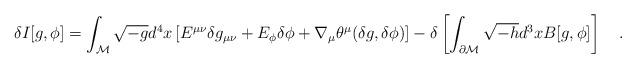
LaTeX: \begin{align*}\delta I[g,\phi]=\int_{\cal M}\sqrt{-g} d^4x \left[E^{\mu\nu}\delta g_{\mu\nu} +E_\phi \delta \phi+\nabla_{\mu}\theta^\mu(\delta g,\delta \phi)\right]-\delta\left[\int_{\partial {\cal M}}\sqrt{-h} d^3x B[g,\phi]\right]~~~.\end{align*}